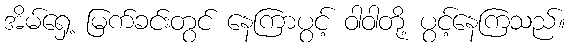
အိမ်ရှေ့ မြက်ခင်းတွင် နေကြာပွင့် ဝါဝါတို့ ပွင့်နေကြသည်။